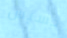
خسيس